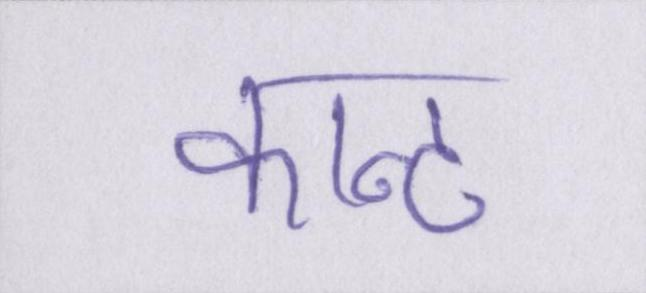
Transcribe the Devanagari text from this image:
कान्ट